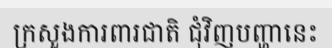
ក្រសួងការពារជាតិ ជុំវិញបញ្ហានេះ